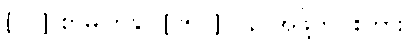
[၀၂] စာမျက်နှာ [၂၅၁] ပန၊ အဖို့တပါးကား။